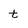
Character: t